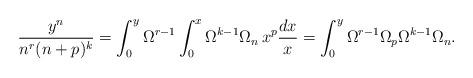
LaTeX: \begin{align*}\frac{y^n}{n^r (n+p)^k}=\int_0^y \Omega^{r-1} \int_0^x \Omega^{k-1}\Omega_n\,x^p\frac{dx}{x}=\int_0^y \Omega^{r-1} \Omega_p\Omega^{k-1}\Omega_n.\end{align*}